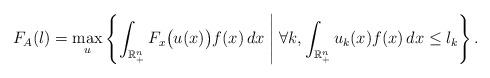
LaTeX: \begin{align*} F_A(l) = \max_{u} \left\{ \int_{\mathbb R^n_+} F_x\bigl(u(x)\bigr) f(x) \, dx \; \middle| \; \forall k, \int_{\mathbb R^n_+} u_k (x)f(x) \, dx \leq l_k \right\}. \end{align*}